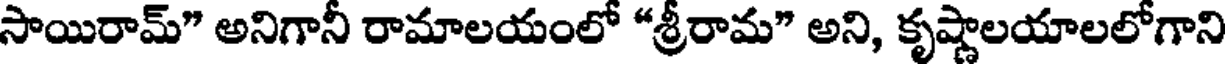
సాయిరామ్" అనిగానీ రామాలయంలో "శ్రీరామ" అని, కృష్ణాలయాలలోగాని